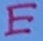
Text: E